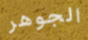
الجوهر